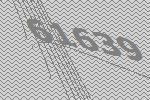
61639